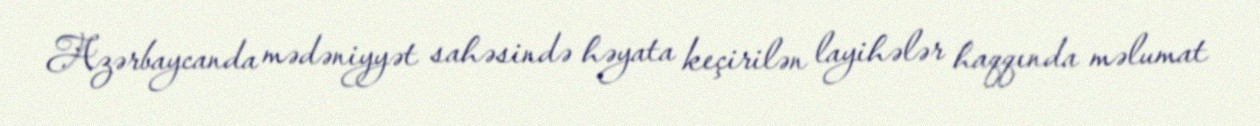
Azərbaycanda mədəniyyət sahəsində həyata keçirilən layihələr haqqında məlumat